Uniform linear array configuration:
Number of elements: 16
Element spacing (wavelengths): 0.5
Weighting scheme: cosine
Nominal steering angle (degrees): -30
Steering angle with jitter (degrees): -29.412
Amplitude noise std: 0.05
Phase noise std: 0.05

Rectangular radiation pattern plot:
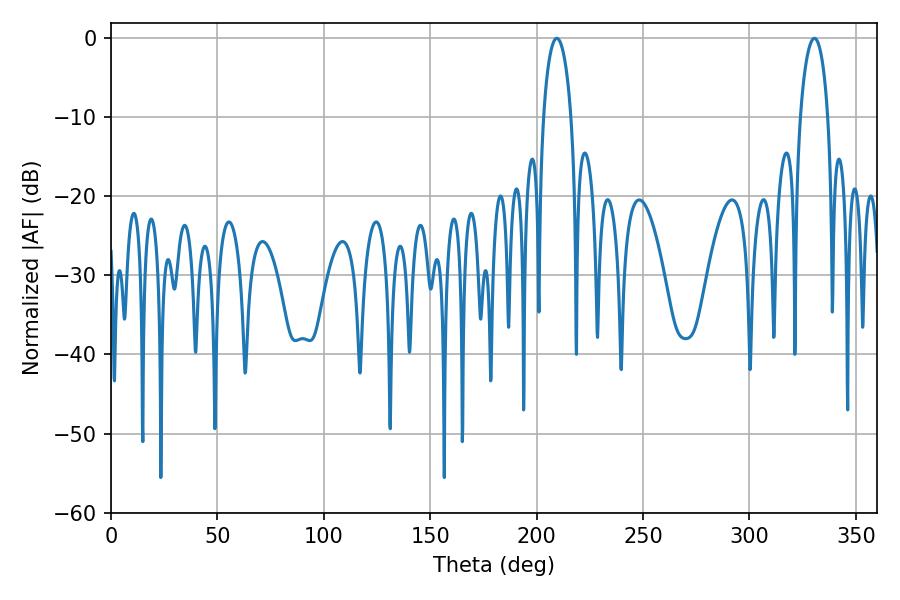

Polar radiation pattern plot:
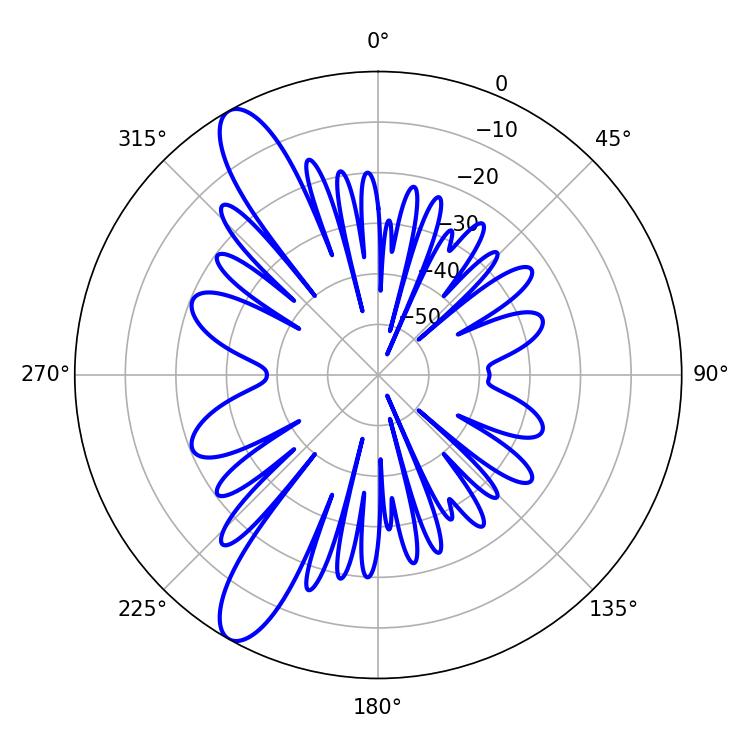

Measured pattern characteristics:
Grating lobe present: FALSE
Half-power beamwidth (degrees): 7.56
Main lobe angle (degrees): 209.52